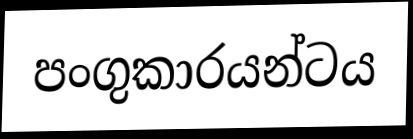
පංගුකාරයන්ටය